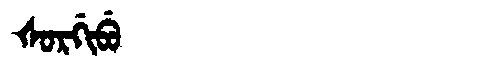
Manchu: ᡧᠣᡵᡤᡳᠪᡠ
Romanization: ŠORGIBU